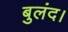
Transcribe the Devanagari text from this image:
बुलंद।